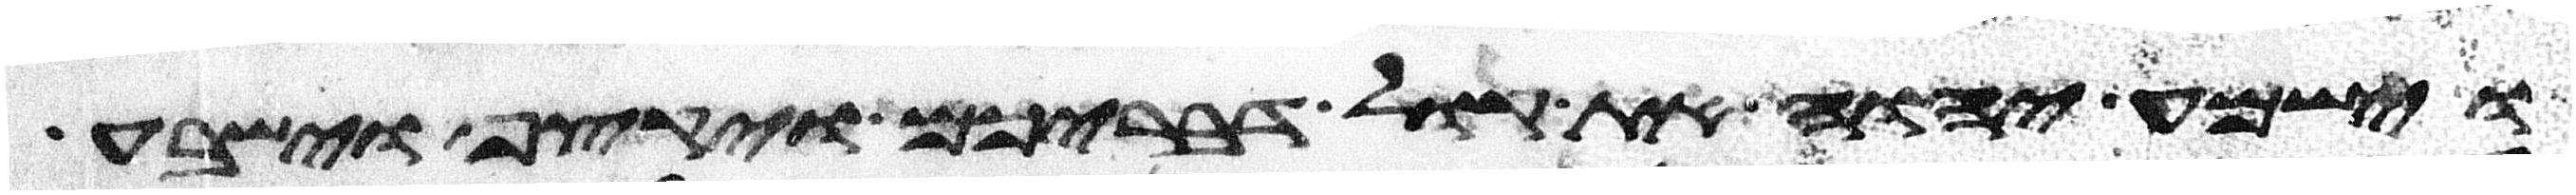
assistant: וישמע יהוה את קול דבריכם ויקצף וישבע